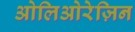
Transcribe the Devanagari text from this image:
ओलिओरेज़िन